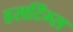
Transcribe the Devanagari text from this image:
हसटिंग्स